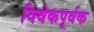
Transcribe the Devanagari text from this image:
विवेकपूर्वक